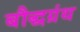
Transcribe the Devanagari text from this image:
बौद्धग्रंथ